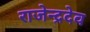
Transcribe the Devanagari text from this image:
राजेन्द्रदेव